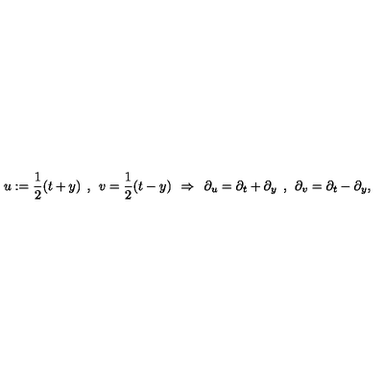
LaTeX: u : = \frac { 1 } { 2 } ( t + y ) \: \: , \: \: v = \frac { 1 } { 2 } ( t - y ) \: \: \Rightarrow \: \: \partial _ { u } = \partial _ { t } + \partial _ { y } \: \: , \: \: \partial _ { v } = \partial _ { t } - \partial _ { y } ,